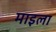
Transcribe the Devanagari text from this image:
माइला